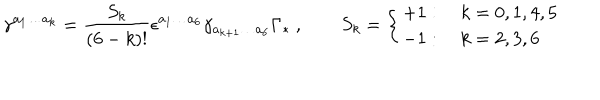
\gamma ^ { a _ { 1 } \ldots a _ { k } } = \frac { S _ { k } } { ( 6 - k ) ! } \epsilon ^ { a _ { 1 } \ldots a _ { 6 } } \gamma _ { a _ { k + 1 } \ldots a _ { 6 } } \Gamma _ { * } \ , \qquad S _ { k } = \left\{ \begin{array} { l } { { + 1 : \quad k = 0 , 1 , 4 , 5 } } \\ { { - 1 : \quad k = 2 , 3 , 6 } } \\ \end{array} \right.